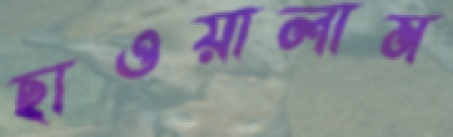
ছাওয়ালাম